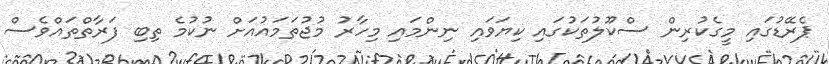
ޕެރޭޑުގައި މީގެކުރިން ސްކޫލުތަކުގައި ކިޔަވައި ނިންމައި މިހާރު މުޖުތަމައުއަށް ނުކުމެ ތިބި ފަރާތްތައްވެސް